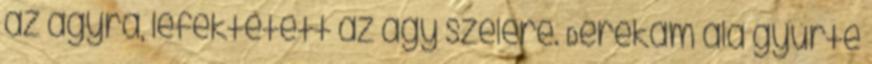
az ágyra, lefektetett az ágy szélére. Derekam alá gyűrte